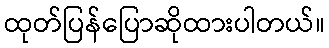
ထုတ်ပြန်ပြောဆိုထားပါတယ်။